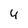
Character: 4